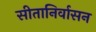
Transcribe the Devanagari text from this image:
सीतानिर्वासन